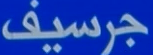
جرسيف